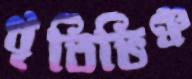
ধৃতিভিঞ্চ